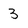
Character: 3